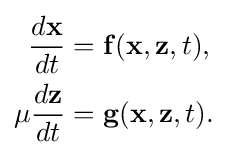
{\begin{aligned}{\frac {d\mathbf {x} }{dt}}&=\mathbf {f} (\mathbf {x} ,\mathbf {z} ,t),\\\mu {\frac {d\mathbf {z} }{dt}}&=\mathbf {g} (\mathbf {x} ,\mathbf {z} ,t).\end{aligned}}